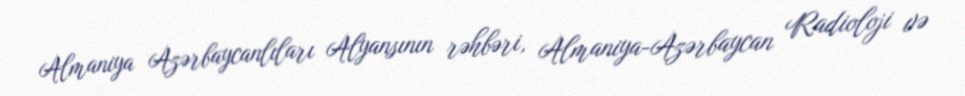
Almaniya Azərbaycanlıları Alyansının rəhbəri, Almaniya-Azərbaycan Radioloji və